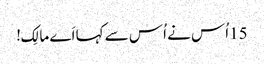
15اُس نے اُس سے کہا اَے مالِک!